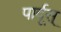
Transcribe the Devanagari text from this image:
पार्दूस्